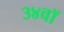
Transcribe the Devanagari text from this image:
३४वॉ